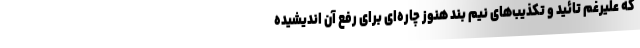
که علیرغم تائید و تکذیب‌های نیم بند هنوز چاره‌ای برای رفع آن‌ اندیشیده